Reports on dispensaries and lunatic asylums in the Province of Oudh - 1869-1876
Year: 1869
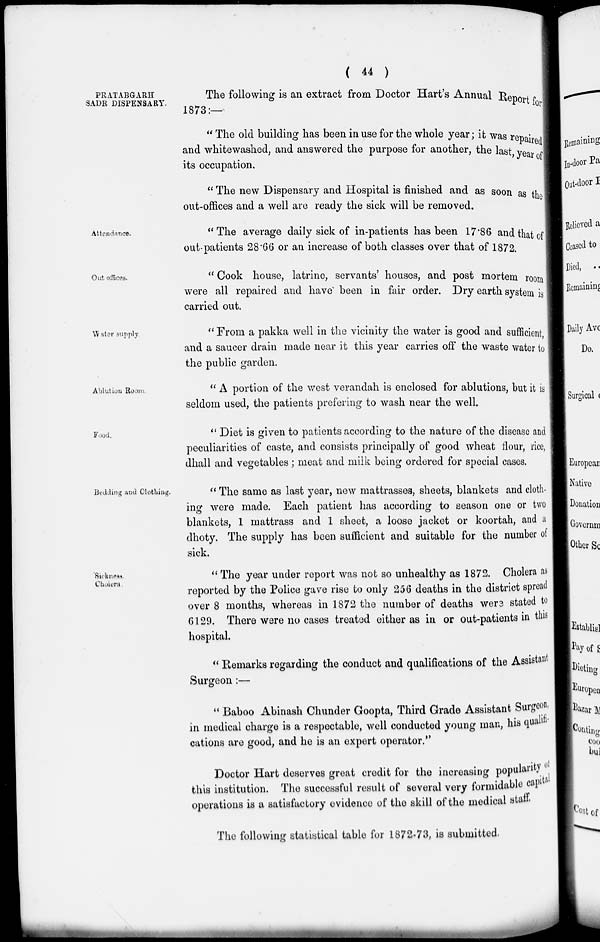
( 44 )
PRATABGARH
SADR DISPENSARY.
The following is an extract from Doctor Hart's Annual Report for
1873:—
" The old building has been in use for the whole year; it was repaired
and whitewashed, and answered the purpose for another, the last year of
its occupation.
" The new Dispensary and Hospital is finished and as soon as the
out-offices and a well are ready the sick will be removed.
Attendance.
"The average daily sick of in-patients has been 17.86 and that of
out-patients 28.66 or an increase of both classes over that of 1872.
Out offices.
" Cook house, latrine, servants' houses, and post mortem room
were all repaired and have been in fair order. Dry earth system is
carried out.
Water supply
" From a pakka well in the vicinity the water is good and sufficient,
and a saucer drain made near it this year carries off the waste water to
the public garden.
Ablution Room
" A portion of the west verandah is enclosed for ablutions, but it is
seldom used, the patients prefering to wash near the well.
Food.
" Diet is given to patients according to the nature of the disease and
peculiarities of caste, and consists principally of good wheat flour, rice,
dhall and vegetables; meat and milk being ordered for special cases.
Bedding and Clothing.
" The same as last year, new mattrasses, sheets, blankets and cloth-
ing were made. Each patient has according to season one or two
blankets, 1 mattrass and 1 sheet, a loose jacket or koortah, and a
dhoty. The supply has been sufficient and suitable for the number of
sick.
Sickness.
Cholera.
" The year under report was not so unhealthy as 1872. Cholera as
reported by the Police gave rise to only 256 deaths in the district spread
over 8 months, whereas in 1872 the number of deaths were stated to
6129. There were no cases treated either as in or out-patients in this
hospital.
" Remarks regarding the conduct and qualifications of the Assistant
Surgeon :—
" Baboo Abinash Chunder Goopta, Third Grade Assistant Surgeon,
in medical charge is a respectable, well conducted young man, his qualifi-
cations are good, and he is an expert operator."
Doctor Hart deserves great credit for the increasing popularity of
this institution. The successful result of several very formidable capital
operations is a satisfactory evidence of the skill of the medical staff.
The following statistical table for 1872-73, is submitted.